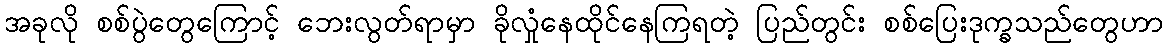
အခုလို စစ်ပွဲတွေကြောင့် ဘေးလွတ်ရာမှာ ခိုလှုံနေထိုင်နေကြရတဲ့ ပြည်တွင်း စစ်ပြေးဒုက္ခသည်တွေဟာ